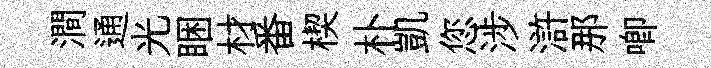
澗通光睏材番楔朴凱您涉滸那唧